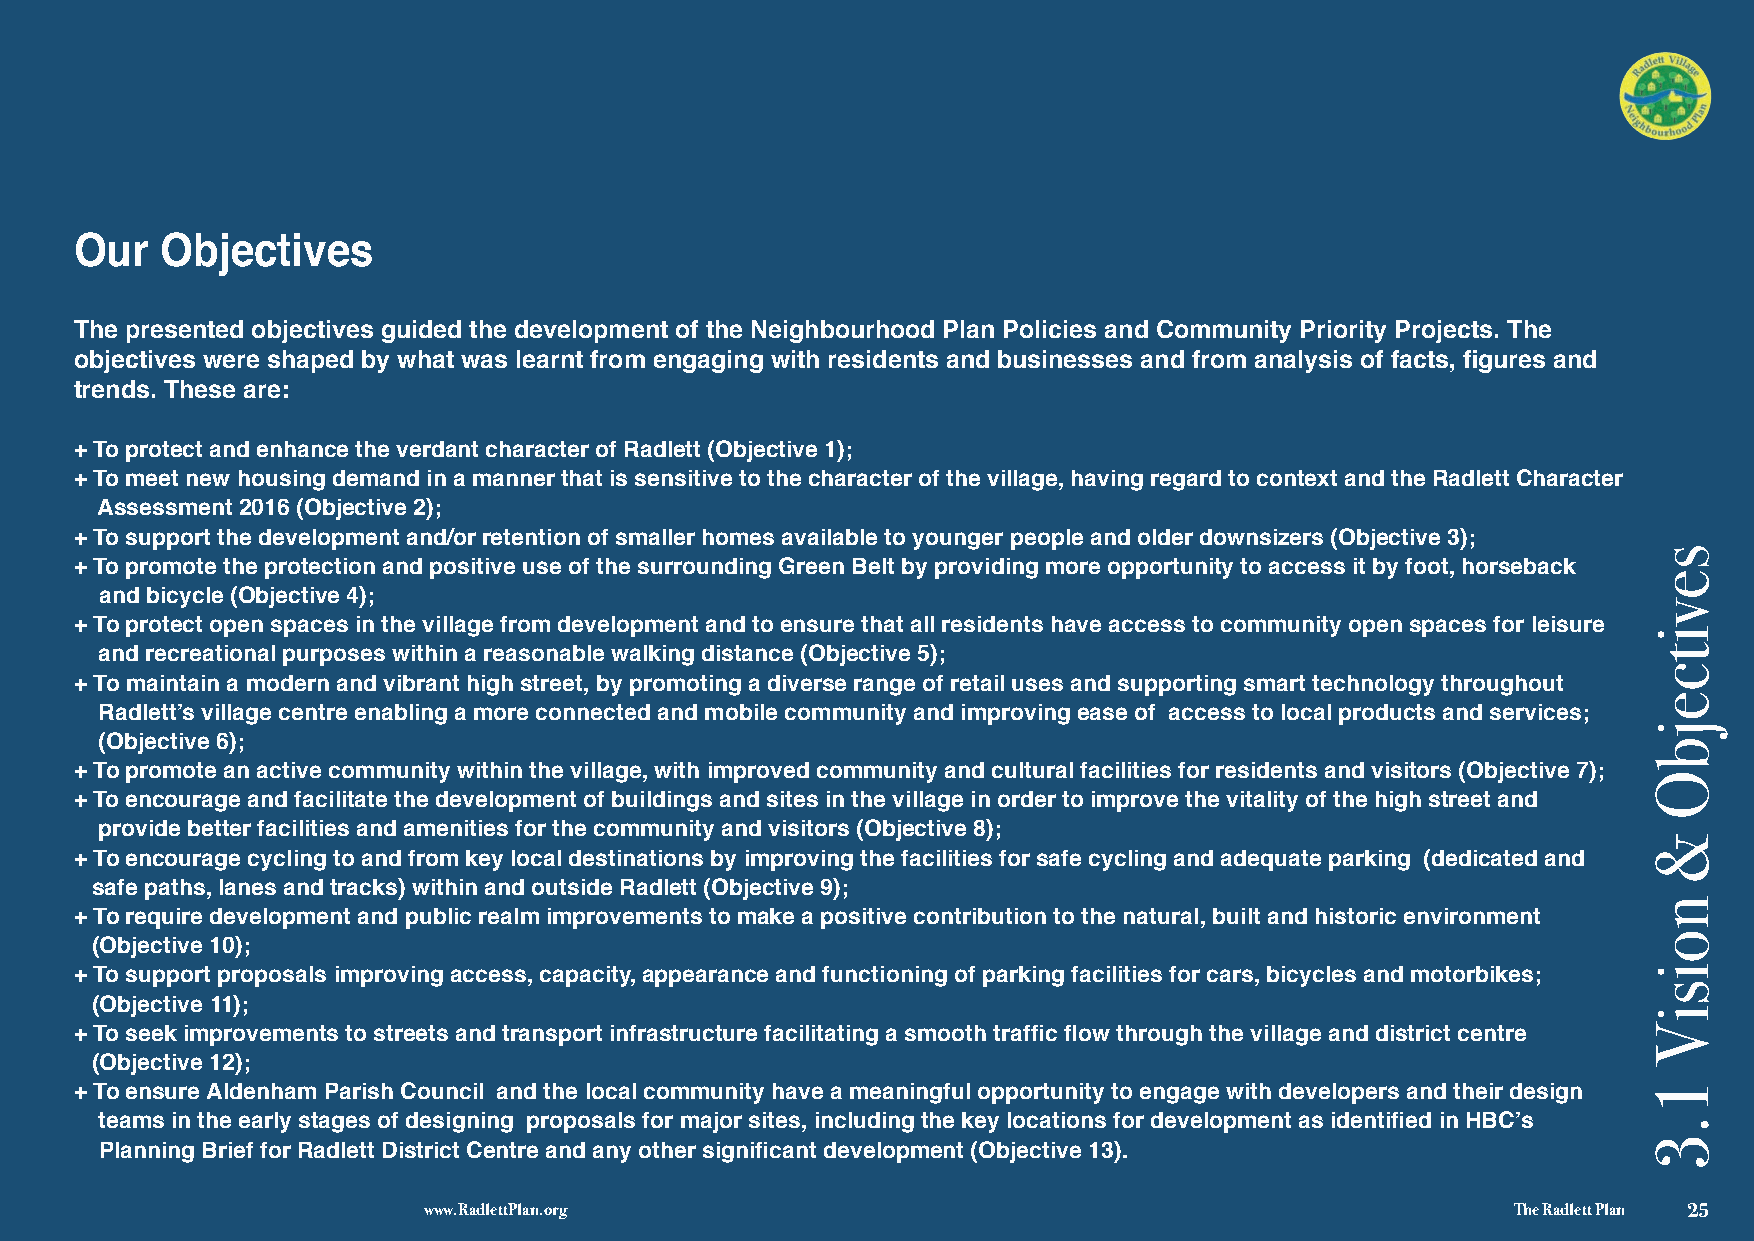
Our   Objectives
 The presented objectives guided the development of the Neighbourhood Plan Policies and Community Priority Projects. The
 objectives were shaped by what was learnt from engaging with residents and businesses and from analysis of facts, figures and
 trends. These are:
 + To protect and enhance the verdant character of Radlett (Objective 1);
 + To meet new housing demand in a manner that is sensitive to the character of the village, having regard to context and the Radlett Character
 Assessment 2016 (Objective 2);
 + To support the development and/or retention of smaller homes available to younger people and older downsizers (Objective 3);
 + To promote the protection and positive use of the surrounding Green Belt by providing more opportunity to access it by foot, horseback
 and bicycle (Objective 4);
 + To protect open spaces in the village from development and to ensure that all residents have access to community open spaces for leisure
 and recreational purposes within a reasonable walking distance (Objective 5);
 + To maintain a modern and vibrant high street, by promoting a diverse range of retail uses and supporting smart technology throughout
 Radlett’s village centre enabling a more connected and mobile community and improving ease of access to local products and services;
 (Objective 6);
 + To promote an active community within the village, with improved community and cultural facilities for residents and visitors (Objective 7);
 + To encourage and facilitate the development of buildings and sites in the village in order to improve the vitality of the high street and
 provide better facilities and amenities for the community and visitors (Objective 8);
 + To encourage cycling to and from key local destinations by improving the facilities for safe cycling and adequate parking (dedicated and
 safe paths, lanes and tracks) within and outside Radlett (Objective 9);
 + To require development and public realm improvements to make a positive contribution to the natural, built and historic environment
 (Objective 10);
 + To support proposals improving access, capacity, appearance and functioning of parking facilities for cars, bicycles and motorbikes;
 (Objective 11);
 + To seek improvements to streets and transport infrastructure facilitating a smooth traffic flow through the village and district centre
 (Objective 12);
 + To ensure Aldenham Parish Council and the local community have a meaningful opportunity to engage with developers and their design
 teams in the early stages of designing proposals for major sites, including the key locations for development as identified in HBC’s
 Planning Brief for Radlett District Centre and any other significant development (Objective 13).
 √ 3
 www.RadlettPlan.org                                                     The Radlett Plan 25
 sevitcejbO
 &
 noisiV
 1.3